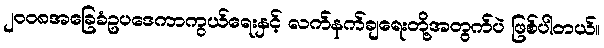
၂၀၀၈အခြေခံဥပဒေကာကွယ်ရေးနှင့် လက်နက်ချရေးတို့အတွက်ပဲ ဖြစ်ပါတယ်။